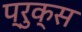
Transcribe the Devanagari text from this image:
प्रुक्स